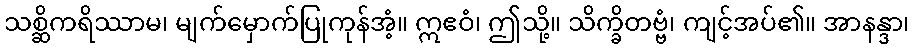
သစ္ဆိကရိဿာမ၊ မျက်မှောက်ပြုကုန်အံ့။ ဣဧဝံ၊ ဤသို့။ သိက္ခိတဗ္ဗံ၊ ကျင့်အပ်၏။ အာနန္ဒာ၊